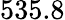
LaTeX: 535.8